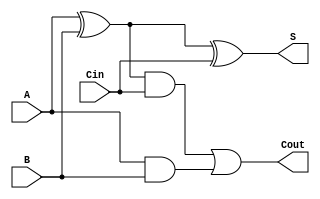
`timescale 1ns / 1ps
//////////////////////////////////////////////////////////////////////////////////
// Company: 
// Engineer: 
// 
// Design Name: 
// Module Name: fadd
// Project Name: 
// Target Devices: 
// Tool Versions: 
// Description: 
// 
// Dependencies: 
// 
// Revision:
// Revision 0.01 - File Created
// Additional Comments:
// 
//////////////////////////////////////////////////////////////////////////////////

module fadd(
    input A,B,Cin,
    output S,Cout
    );
    wire w1,w2,w3;
    xor(S,A,B,Cin);
    xor(w1,A,B);
    and(w2,w1,Cin);
    and(w3,A,B);
    or(Cout,w2,w3);
endmodule